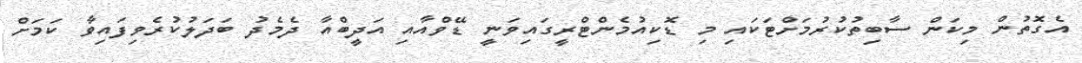
އެގޮތުން މިކަން ސާބިތުކުރުމަށްޓަކައި މި ޑޮކިއުމެންޓްރީގައިވަނީ ޑޭވްއާއި އަދީބްއާ ދެމެދު ބަދަލުކުރެވިފައިވާ ކަމަށް